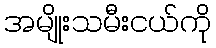
အမျိုးသမီးငယ်ကို